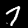
Digit: 7